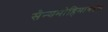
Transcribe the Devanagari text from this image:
सैन्यमोहिमांबद्दल